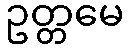
ဥတ္တမေ